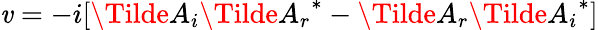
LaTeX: \mathit{v}=-i[\Tilde{A}_{i}{\Tilde{A}_{r}}^{*}-\Tilde{A}_{r}{\Tilde{A}_{i}}^{*}]